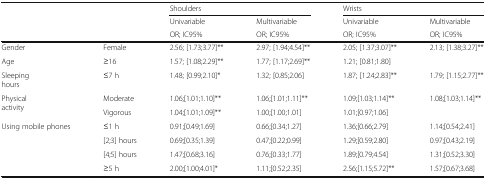
<table><thead><tr><td rowspan="3"></td><td rowspan="3"></td><td colspan="2"><b>Shoulders</b></td><td colspan="2"><b>Wrists</b></td></tr><tr><td><b>Univariable</b></td><td><b>Multivariable</b></td><td><b>Univariable</b></td><td><b>Multivariable</b></td></tr><tr><td><b>OR; IC95%</b></td><td><b>OR; IC95%</b></td><td><b>OR; IC95%</b></td><td><b>OR; IC95%</b></td></tr></thead><tbody><tr><td>Gender</td><td>Female</td><td>2.56; [1.73;3.77]**</td><td>2.97; [1.94;4.54]**</td><td>2.05; [1.37;3.07]**</td><td>2.13; [1.38;3.27]**</td></tr><tr><td>Age</td><td>≥16</td><td>1.57; [1.08;2.29]**</td><td>1.77; [1.17;2.69]**</td><td>1.21; [0.81;1.80]</td><td></td></tr><tr><td>Sleepinghours</td><td>≤7 h</td><td>1.48; [0.99;2.10]*</td><td>1.32; [0.85;2.06]</td><td>1.87; [1.24;2.83]**</td><td>1.79; [1.15;2.77]**</td></tr><tr><td rowspan="2">Physicalactivity</td><td>Moderate</td><td>1.06;[1.01;1.10]**</td><td>1.06;[1.01;1.11]**</td><td>1.09;[1.03;1.14]**</td><td>1.08;[1.03;1.14]**</td></tr><tr><td>Vigorous</td><td>1.04;[1.01;1.09]**</td><td>1.00;[1.00;1.01]</td><td>1.01;[0.97;1.06]</td><td></td></tr><tr><td rowspan="4">Using mobile phones</td><td>≤1 h</td><td>0.91;[0.49;1.69]</td><td>0.66;[0.34;1.27]</td><td>1.36;[0.66;2.79]</td><td>1.14;[0.54;2.41]</td></tr><tr><td>[2;3] hours</td><td>0.69;[0.35;1.39]</td><td>0.47;[0.22;0.99]</td><td>1.29;[0.59;2.80]</td><td>0.97;[0.43;2.19]</td></tr><tr><td>[4;5] hours</td><td>1.47;[0.68;3.16]</td><td>0.76;[0.33;1.77]</td><td>1.89;[0.79;4.54]</td><td>1.31;[0.52;3.30]</td></tr><tr><td>≥5 h</td><td>2.00;[1.00;4.01]*</td><td>1.11;[0.52;2.35]</td><td>2.56;[1.15;5.72]**</td><td>1.57;[0.67;3.68]</td></tr></tbody></table>